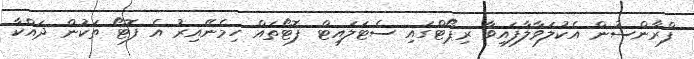
ފްރާންސުން އެކުލަވާލާފައިވާ ރިޕޯޓްގައި ސެޓަލައިޓް ފޮޓޯތައް ހިމެނޭއިރު އެ ފޮޓޯ ތަކުން ދައްކާ